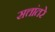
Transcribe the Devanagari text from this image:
सत्तांतरे